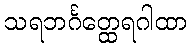
သရဘင်္ဂတ္ထေရဂါထာ